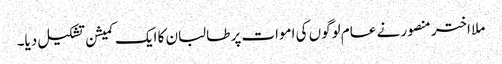
ملا اختر منصور نے عام لوگوں کی اموات پر طالبان کا ایک کمیشن تشکیل دیا۔